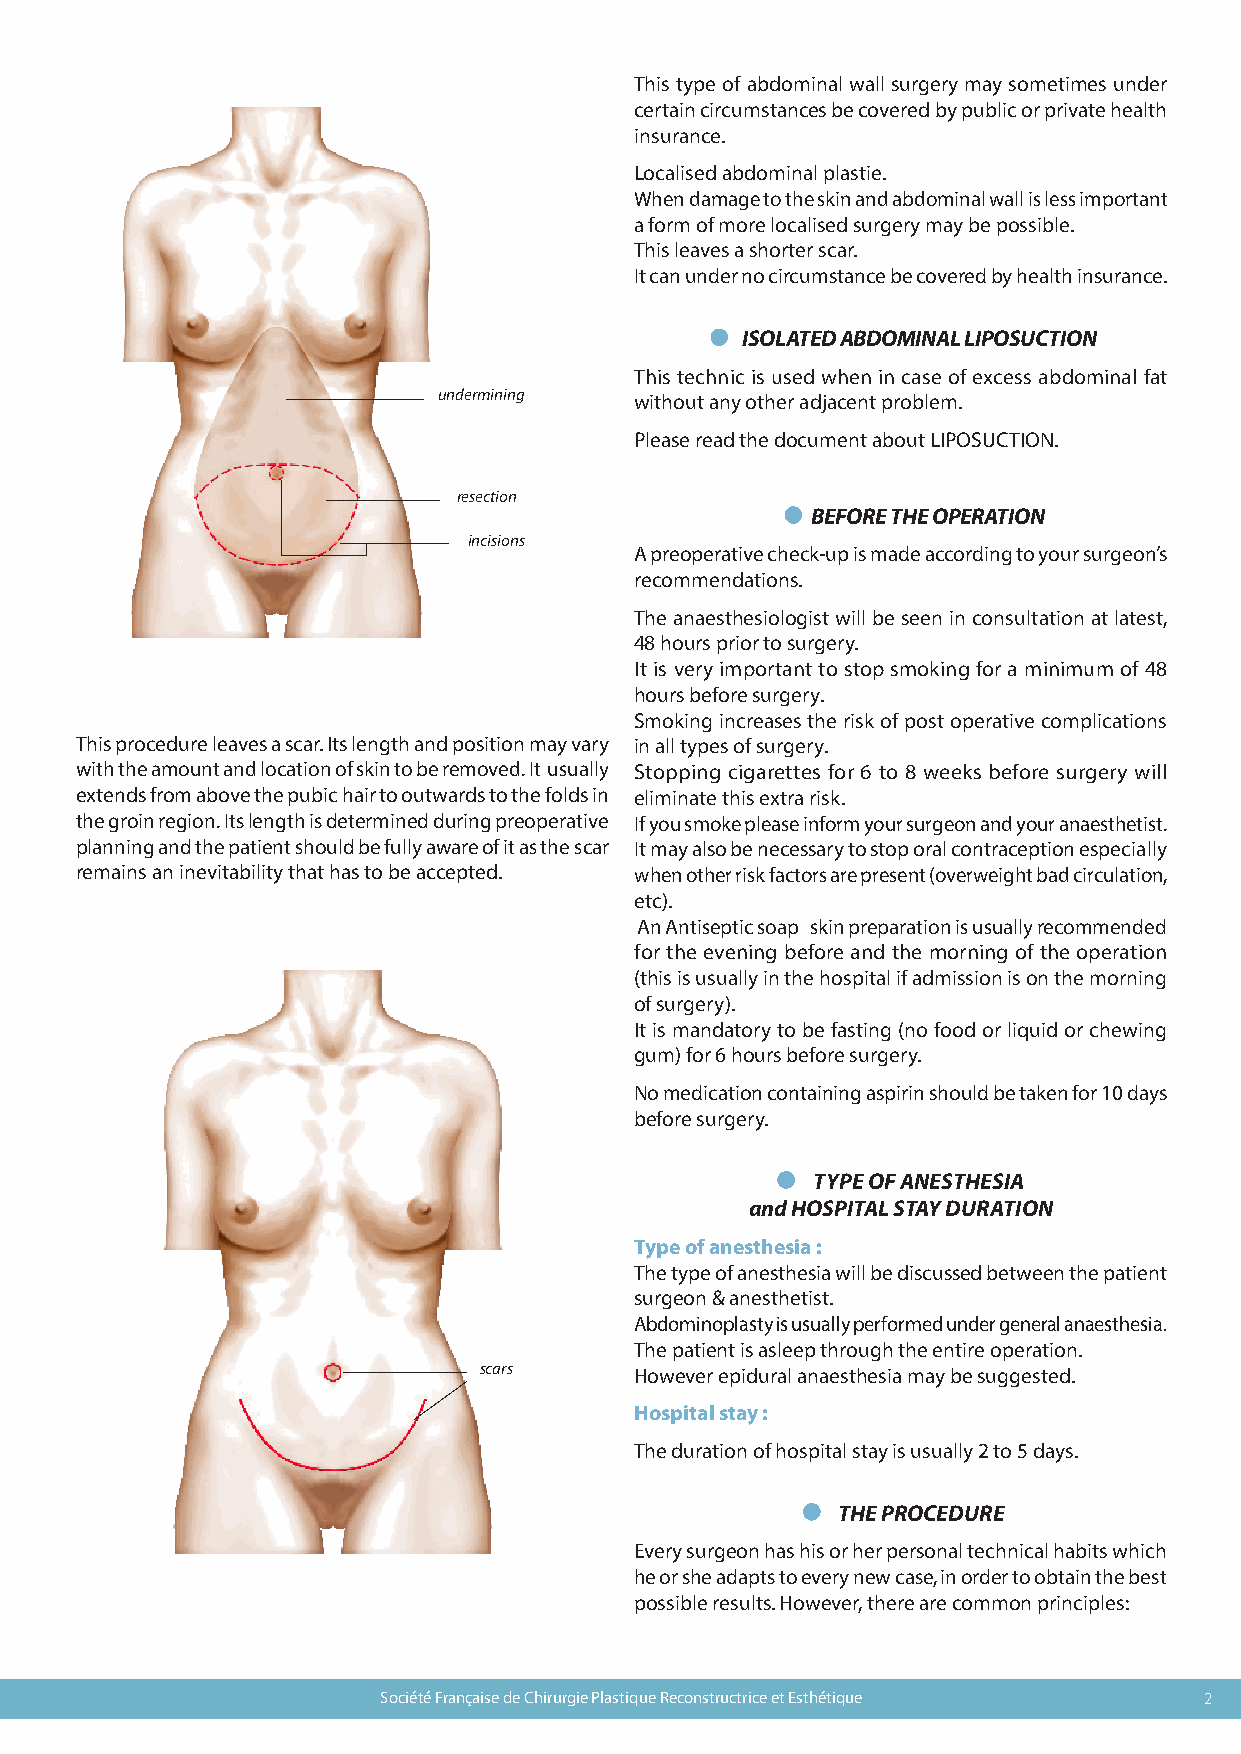
This type of abdominal wall surgery may sometimes under
 certain circumstances be covered by public or private health
 insurance.
 Localised abdominal plastie.
 When damage to the skin and abdominal wall is less important
 a form of more localised surgery may be possible.
 This leaves a shorter scar.
 It can under no circumstance be covered by health insurance.
 ISOLATED ABDOMINAL LIPOSUCTION
 This technic is used when in case of excess abdominal fat
 undermining  without any other adjacent problem.
 Please read the document about LIPOSUCTION.
 resection
 BEFORE THE OPERATION
 incisions
 A preoperative check-up is made according to your surgeon’s
 recommendations.
 The anaesthesiologist will be seen in consultation at latest,
 48 hours prior to surgery.
 It is very important to stop smoking for a minimum of 48
 hours before surgery.
 Smoking increases the risk of post operative complications
 This procedure leaves a scar. Its length and position may vary in all types of surgery.
 with the amount and location of skin to be removed. It usually Stopping cigarettes for 6 to 8 weeks before surgery will
 extends from above the pubic hair to outwards to the folds in eliminate this extra risk.
 the groin region. Its length is determined during preoperative If you smoke please inform your surgeon and your anaesthetist.
 planning and the patient should be fully aware of it as the scar It may also be necessary to stop oral contraception especially
 remains an inevitability that has to be accepted. when other risk factors are present (overweight bad circulation,
 etc).
 An Antiseptic soap skin preparation is usually recommended
 for the evening before and the morning of the operation
 (this is usually in the hospital if admission is on the morning
 of surgery).
 It is mandatory to be fasting (no food or liquid or chewing
 gum) for 6 hours before surgery.
 No medication containing aspirin should be taken for 10 days
 before surgery.
 TYPE OF ANESTHESIA
 and HOSPITAL STAY DURATION
 Type of anesthesia :
 The type of anesthesia will be discussed between the patient
 surgeon & anesthetist.
 Abdominoplasty is usually performed under general anaesthesia.
 The patient is asleep through the entire operation.
 scars     However epidural anaesthesia may be suggested.
 Hospital stay :
 The duration of hospital stay is usually 2 to 5 days.
 THE PROCEDURE
 Every surgeon has his or her personal technical habits which
 he or she adapts to every new case, in order to obtain the best
 possible results. However, there are common principles:
 Société Française de Chirurgie Plastique Reconstructrice et Esthétique 2